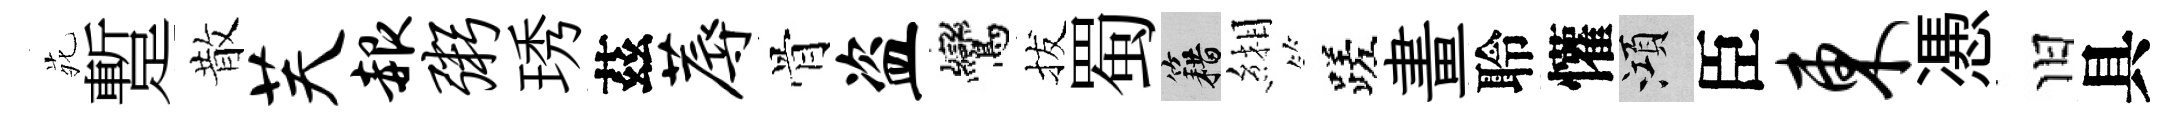
𫟍蹔散芙赧粥琇茲蓐骨盗鸞拔蜀籍緗蹉畫聆懽澒臣东慿旧具